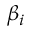
\beta _ { i }